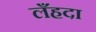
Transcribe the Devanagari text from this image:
लँहदा